Problem: 9 × 7 = ?
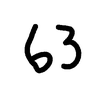
Handwritten answer: 63